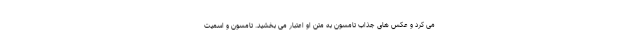
می کرد و عکس های جذاب تامسون به متن او اعتبار می بخشید. تامسون و اسمیت